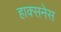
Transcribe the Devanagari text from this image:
हाक्सनेस